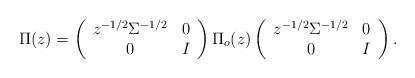
LaTeX: \begin{align*}\Pi(z)=\left( {\begin{array}{*{20}c} { z^{-1/2}\Sigma^{-1/2}} & 0 \\ 0 & {I} \\ \end{array}} \right) \Pi_o(z) \left( {\begin{array}{*{20}c} { z^{-1/2}\Sigma^{-1/2}} & 0 \\ 0 & {I} \\ \end{array}} \right).\end{align*}